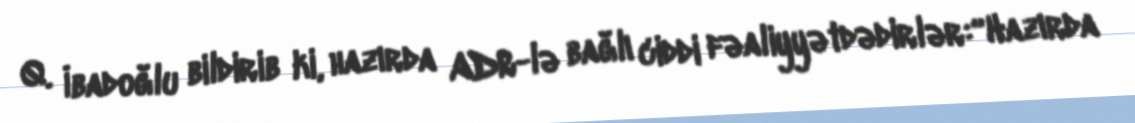
Q. İbadoğlu bildirib ki, hazırda ADR-lə bağlı ciddi fəaliyyətdədirlər:“Hazırda